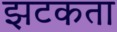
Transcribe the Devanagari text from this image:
झटकता